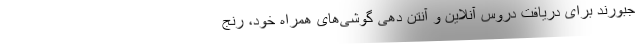
جبورند برای دریافت دروس آنلاین و آنتن ‌دهی گوشی‌های همراه خود، رنج